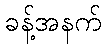
ခန့်အနက်